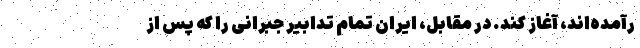
رآمده‌اند، آغاز کند. در مقابل، ایران تمام تدابیر جبرانی را که پس از